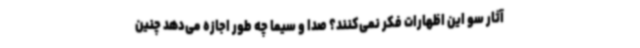
آثار سو این اظهارات فکر نمی‌کنند؟ صدا و سیما چه طور اجازه می‌دهد چنین